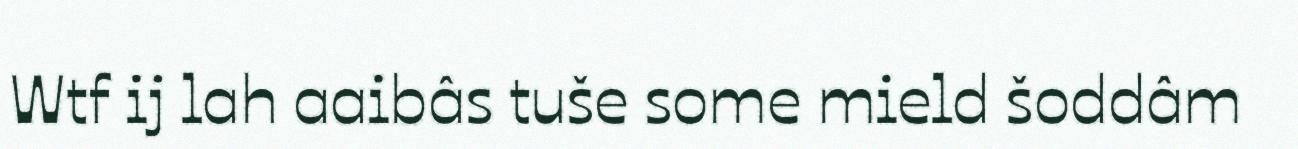
Wtf ij lah aaibâs tuše some mield šoddâm